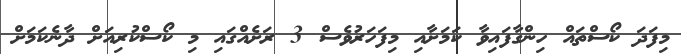
މިފަދަ ކޯސްތައް ހިންގާފައިވާ ކަމަށާއި މިފަހަރުވެސް 3 ރަށެއްގައި މި ކޯސްކުރިއަށް ދާނެކަމަށް